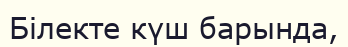
Білекте күш барында,